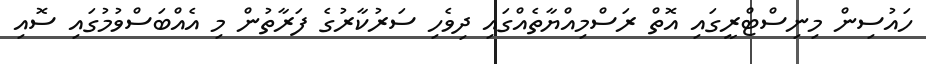
ހައުސިން މިނިސްޓްރީގައި އޮތް ރަސްމިއްޔާތެއްގައި ދިވެހި ސަރުކާރުގެ ފަރާތުން މި އެއްބަސްވުމުގައި ސޮއި